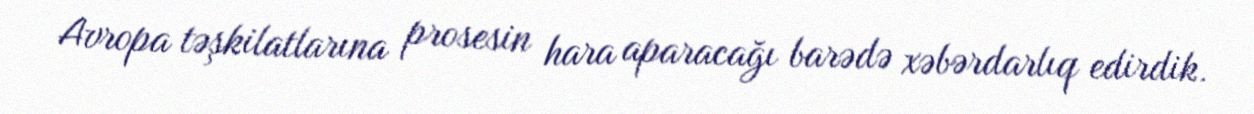
Avropa təşkilatlarına prosesin hara aparacağı barədə xəbərdarlıq edirdik.